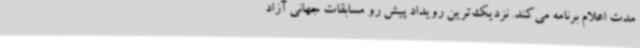
مدت اعلام برنامه می‌کند. نزدیک‌ترین رویداد پیش رو مسابقات جهانی آزاد